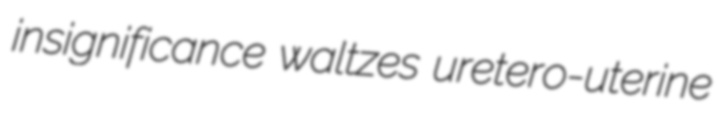
insignificance waltzes uretero-uterine